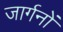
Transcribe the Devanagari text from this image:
जार्गनों